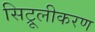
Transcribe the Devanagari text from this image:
सिट्रूलीकरण